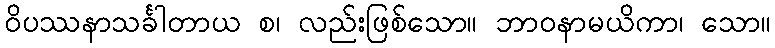
ဝိပဿနာသင်္ခါတာယ စ၊ လည်းဖြစ်သော။ ဘာဝနာမယိကာ၊ သော။